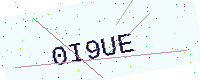
Text: 0I9UE